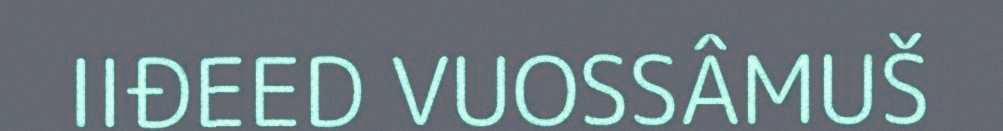
IIĐEED VUOSSÂMUŠ